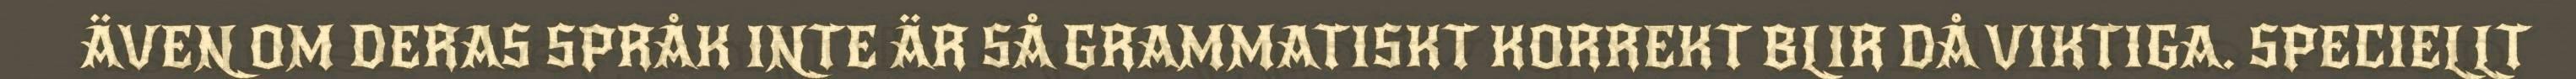
ÄVEN OM DERAS SPRÅK INTE ÄR SÅ GRAMMATISKT KORREKT BLIR DÅ VIKTIGA. SPECIELLT